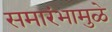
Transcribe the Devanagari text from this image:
समारंभामुळे